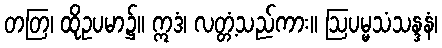
တတြ၊ ထိုဥပမာ၌။ ဣဒံ၊ လတ္တံ့သည်ကား။ ဩပမ္မသံသန္ဒနံ၊